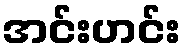
အင်းဟင်း